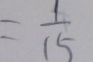
= \frac { 1 } { 1 5 }